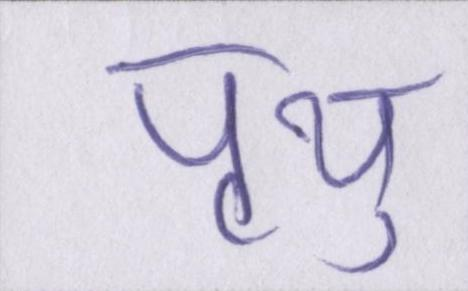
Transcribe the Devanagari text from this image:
पृथु